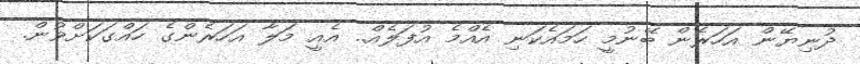
ދުނިޔޭން އަހަރެން ބޭނުމީ ހަމައެކަނި އެއްމެ އުފަލެއް.. އެއީ މަލާ އަހަރެންގެ ހައްގަކަށްވުން.